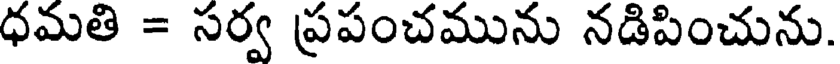
ధమతి = సర్వ ప్రపంచమును నడిపించును.